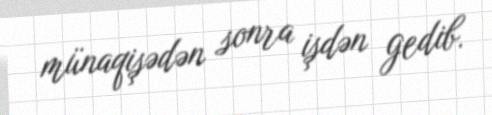
münaqişədən sonra işdən gedib.